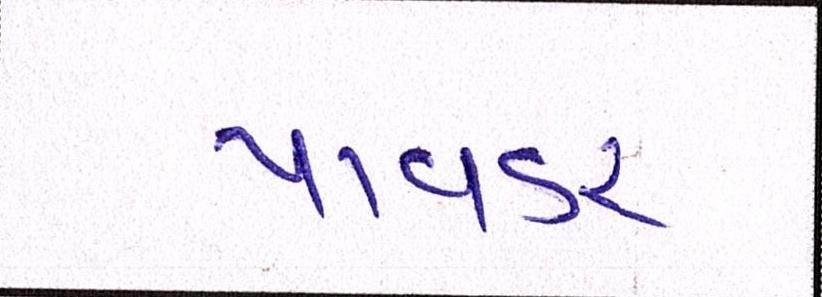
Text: પાવડર